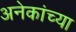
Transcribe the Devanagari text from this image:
अनेकांच्‍या